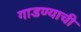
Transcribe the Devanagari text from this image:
गाडण्याची